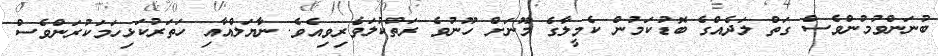
ބުނަންވުމުންވެސް ގަތް ލަދެއްގެ ބޮޑުކަމުން ކެމީލާގެ މޫނަށް ހޫނުވެ ރަތްކުލަވެރިވިއެވެ. ނާޔަލްއާއި ހަތަރުކަޅިހަމަކުރަންވެސް